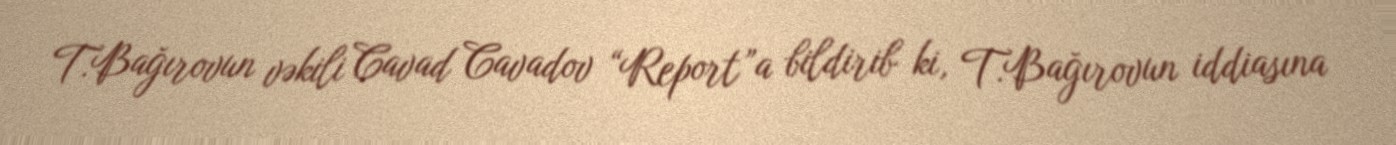
T.Bağırovun vəkili Cavad Cavadov “Report”a bildirib ki, T.Bağırovun iddiasına